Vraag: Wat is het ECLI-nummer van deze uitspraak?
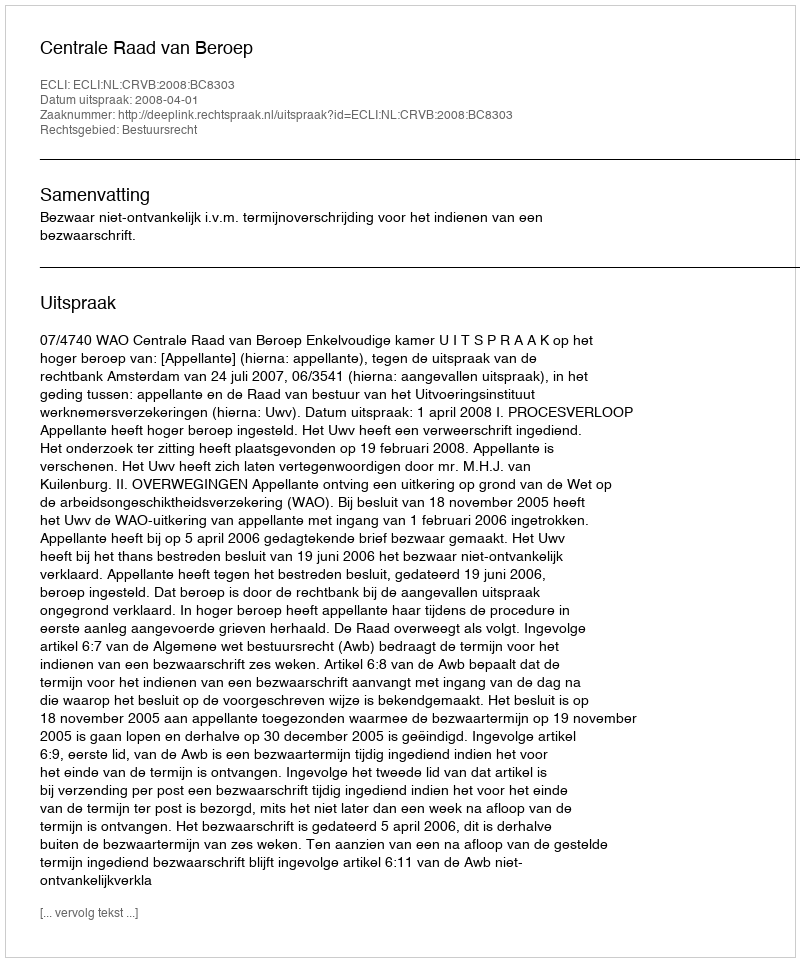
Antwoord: ECLI:NL:CRVB:2008:BC8303